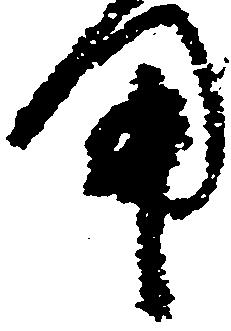
用